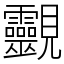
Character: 䚖